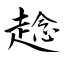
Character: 趝